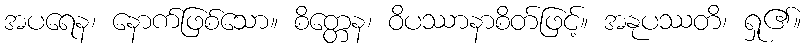
အပရေန၊ နောက်ဖြစ်သော။ စိတ္တေန၊ ဝိပဿာနာစိတ်ဖြင့်။ အနုပဿတိ၊ ရှု၏။